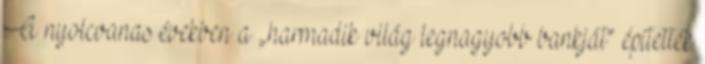
A nyolcvanas években a „harmadik világ legnagyobb bankját” építették